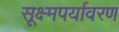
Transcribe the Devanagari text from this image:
सूक्ष्मपर्यावरण